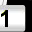
Digit: 1